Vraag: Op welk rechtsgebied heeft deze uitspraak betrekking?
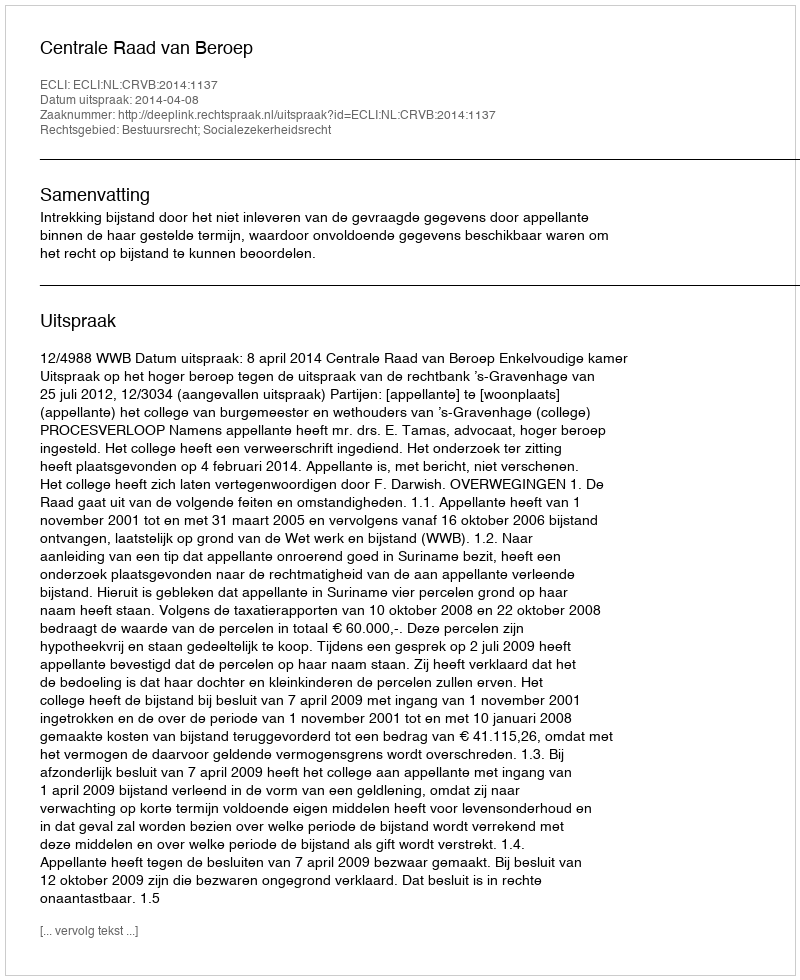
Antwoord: Bestuursrecht; Socialezekerheidsrecht